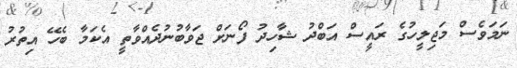
ނަމަވެސް މަޖިލީހުގެ ރައީސް އަބްދު ޝާހިދު ފޯނަށް ޖަވާބުނުދެއްވާތީ އެކަމާ ބެހޭ އިތުރު